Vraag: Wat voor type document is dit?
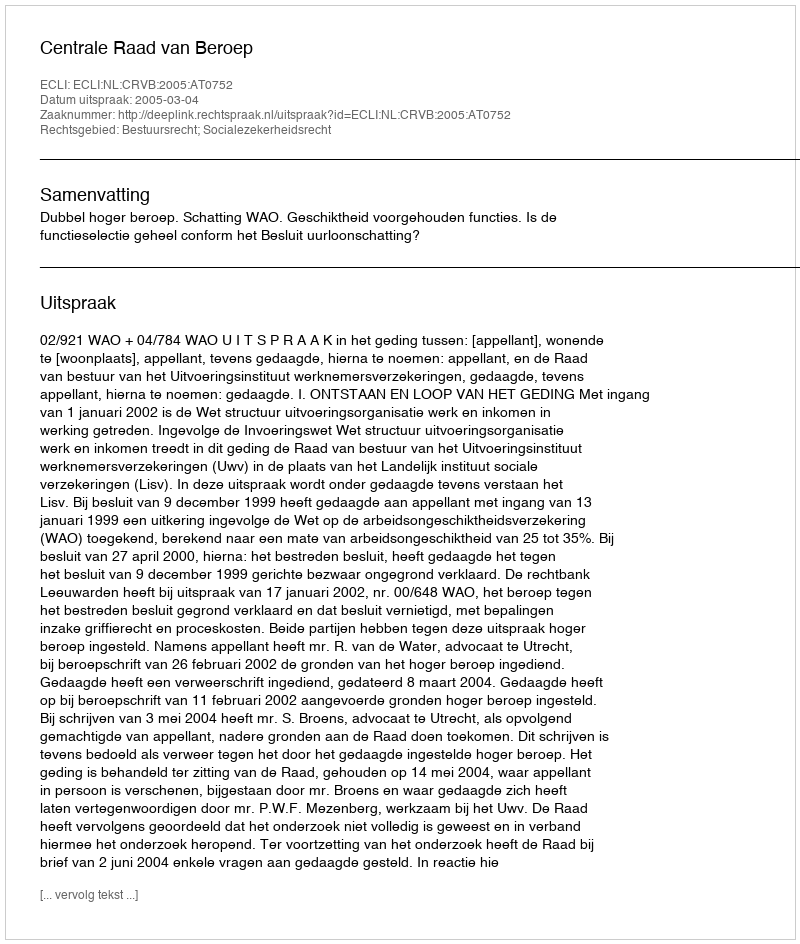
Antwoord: Uitspraak